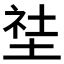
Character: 𱗇